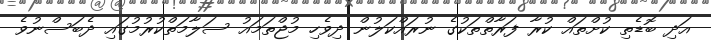
އަދި ބޮޑެތި ކުށްތައް ކުރާ ފަރާތްތަކުގެ ނުރައްކަލުން ދިވެހި މުޖްތަމައު ސަލާމަތްކުރުމުގައި ދެބަސްނުވެ